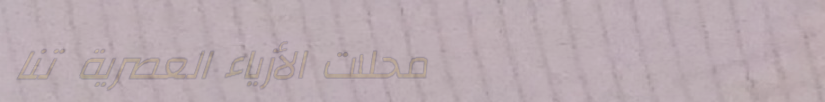
محلات الأزياء العصرية تنا